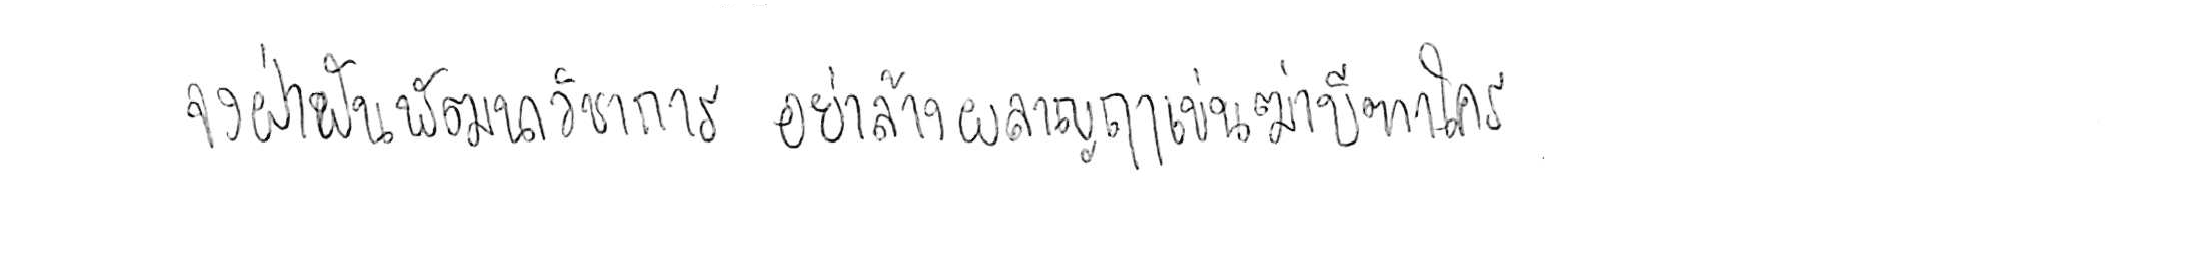
จงฝ่าฟันพัฒนาวิชาการ อย่าล้างผลาญฤๅเข่นฆ่าบีฑาใคร